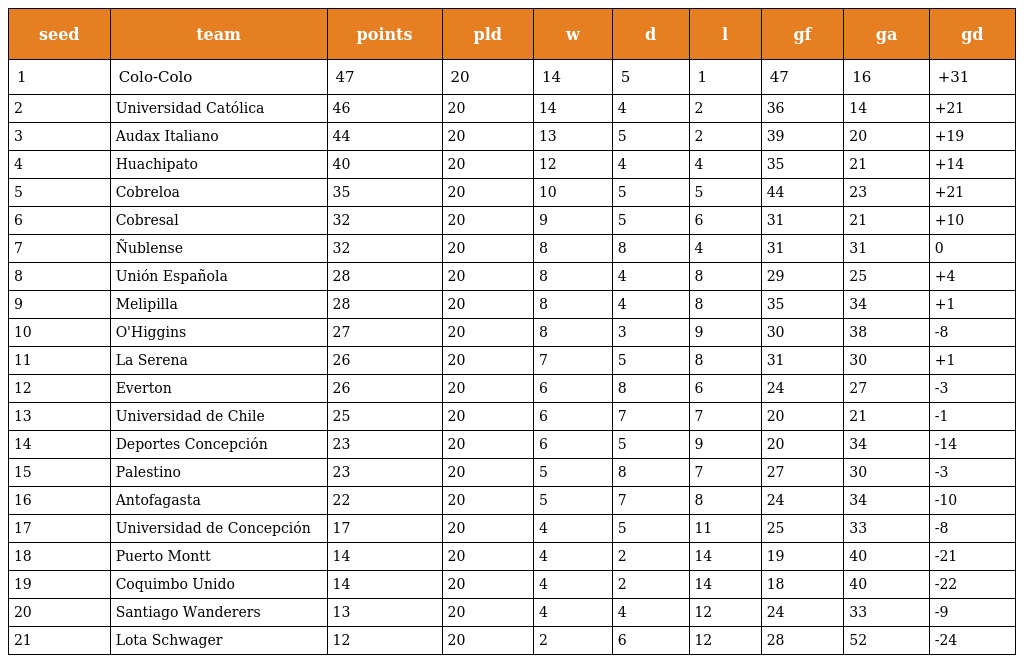
| seed | team | points | pld | w | d | l | gf | ga | gd |
 | --- | --- | --- | --- | --- | --- | --- | --- | --- | --- |
 | 1 | Colo-Colo | 47 | 20 | 14 | 5 | 1 | 47 | 16 | +31 |
 | 2 | Universidad Católica | 46 | 20 | 14 | 4 | 2 | 36 | 14 | +21 |
 | 3 | Audax Italiano | 44 | 20 | 13 | 5 | 2 | 39 | 20 | +19 |
 | 4 | Huachipato | 40 | 20 | 12 | 4 | 4 | 35 | 21 | +14 |
 | 5 | Cobreloa | 35 | 20 | 10 | 5 | 5 | 44 | 23 | +21 |
 | 6 | Cobresal | 32 | 20 | 9 | 5 | 6 | 31 | 21 | +10 |
 | 7 | Ñublense | 32 | 20 | 8 | 8 | 4 | 31 | 31 | 0 |
 | 8 | Unión Española | 28 | 20 | 8 | 4 | 8 | 29 | 25 | +4 |
 | 9 | Melipilla | 28 | 20 | 8 | 4 | 8 | 35 | 34 | +1 |
 | 10 | O'Higgins | 27 | 20 | 8 | 3 | 9 | 30 | 38 | -8 |
 | 11 | La Serena | 26 | 20 | 7 | 5 | 8 | 31 | 30 | +1 |
 | 12 | Everton | 26 | 20 | 6 | 8 | 6 | 24 | 27 | -3 |
 | 13 | Universidad de Chile | 25 | 20 | 6 | 7 | 7 | 20 | 21 | -1 |
 | 14 | Deportes Concepción | 23 | 20 | 6 | 5 | 9 | 20 | 34 | -14 |
 | 15 | Palestino | 23 | 20 | 5 | 8 | 7 | 27 | 30 | -3 |
 | 16 | Antofagasta | 22 | 20 | 5 | 7 | 8 | 24 | 34 | -10 |
 | 17 | Universidad de Concepción | 17 | 20 | 4 | 5 | 11 | 25 | 33 | -8 |
 | 18 | Puerto Montt | 14 | 20 | 4 | 2 | 14 | 19 | 40 | -21 |
 | 19 | Coquimbo Unido | 14 | 20 | 4 | 2 | 14 | 18 | 40 | -22 |
 | 20 | Santiago Wanderers | 13 | 20 | 4 | 4 | 12 | 24 | 33 | -9 |
 | 21 | Lota Schwager | 12 | 20 | 2 | 6 | 12 | 28 | 52 | -24 |